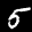
Label: 5